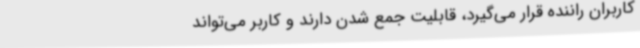
کاربران راننده قرار می‌گیرد، قابلیت جمع شدن دارند و کاربر می‌تواند